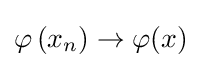
\varphi \left(x_{n}\right)\rightarrow \varphi (x)